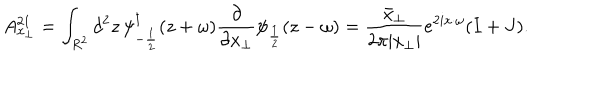
A _ { x _ { \perp } } ^ { 2 1 } = \int _ { R ^ { 2 } } d ^ { 2 } z \, \psi _ { - \frac { 1 } { 2 } } ^ { \dagger } ( z + \omega ) \frac { \partial } { \partial x _ { \perp } } \psi _ { \frac { 1 } { 2 } } ( z - \omega ) = \frac { \bar { x } _ { \perp } } { 2 \pi | x _ { \perp } | } e ^ { 2 i x \cdot \omega } ( I + J ) .